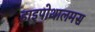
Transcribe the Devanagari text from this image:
हाइपोथालमस